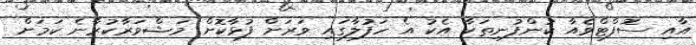
އާއި ސޮފްޓްވެއާ ކުންފުނިތަކާ އެކު އެ ހަފުލާގައި ވަރަށް ފުޅާކޮށް މަޝްވަރާކުރާނެ ކަމަށް